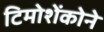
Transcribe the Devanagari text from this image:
टिमोशेंकोने